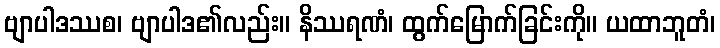
ဗျာပါဒဿစ၊ ဗျာပါဒ၏လည်း။ နိဿရဏံ၊ ထွက်မြောက်ခြင်းကို။ ယထာဘူတံ၊